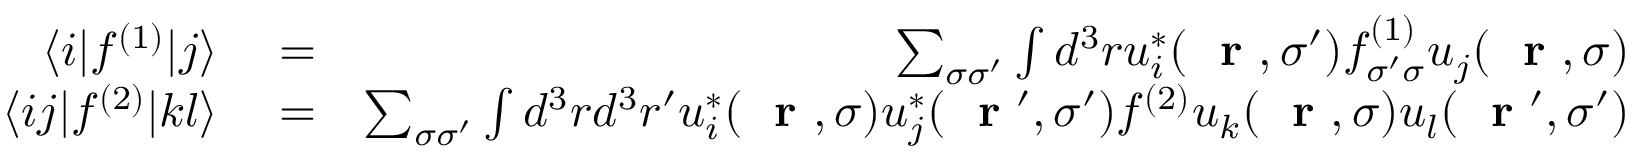
\begin{array} { r l r } { \langle i | f ^ { ( 1 ) } | j \rangle } & { { } = } & { \sum _ { \sigma \sigma ^ { \prime } } \int d ^ { 3 } r u _ { i } ^ { * } ( \mathrm { ~ \bf ~ r ~ } , \sigma ^ { \prime } ) f _ { \sigma ^ { \prime } \sigma } ^ { ( 1 ) } u _ { j } ( \mathrm { ~ \bf ~ r ~ } , \sigma ) } \\ { \langle i j | f ^ { ( 2 ) } | k l \rangle } & { { } = } & { \sum _ { \sigma \sigma ^ { \prime } } \int d ^ { 3 } r d ^ { 3 } r ^ { \prime } u _ { i } ^ { * } ( \mathrm { ~ \bf ~ r ~ } , \sigma ) u _ { j } ^ { * } ( \mathrm { ~ \bf ~ r ~ } ^ { \prime } , \sigma ^ { \prime } ) f ^ { ( 2 ) } u _ { k } ( \mathrm { ~ \bf ~ r ~ } , \sigma ) u _ { l } ( \mathrm { ~ \bf ~ r ~ } ^ { \prime } , \sigma ^ { \prime } ) } \end{array}